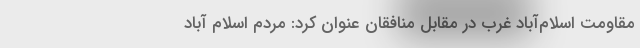
مقاومت اسلام‌آباد غرب در مقابل منافقان عنوان کرد: مردم اسلام آباد